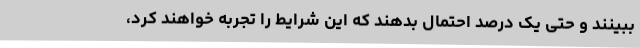
ببینند و حتی یک درصد احتمال بدهند که این شرایط را تجربه خواهند کرد،